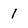
Character: 1